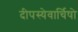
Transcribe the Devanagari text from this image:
दीपस्येवार्चिषो